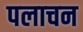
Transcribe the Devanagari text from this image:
पलाचन